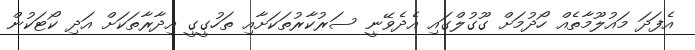
އެފަދަ މައުލޫމާތެއް ހޯދުމަށް ގޫގުލްގައި އެދެވޭނީ ސަރުކާރުތަކަށާއި ތަހުގީގީ އިދާރާތަކަށް އަދި ކޯޓަކުން